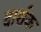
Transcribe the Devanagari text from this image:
दार्शक